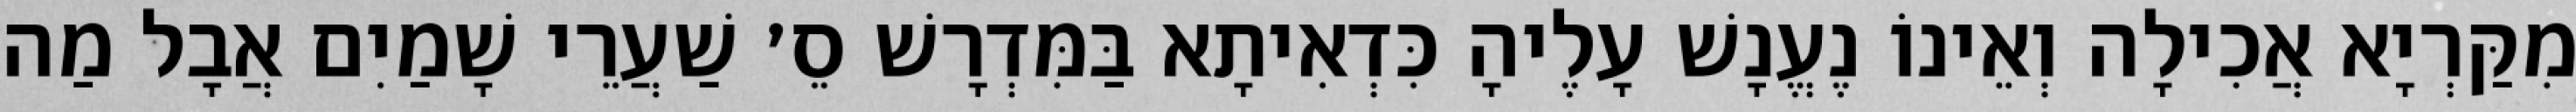
מִקַּרְיָא אֲכִילָה וְאֵינוֹ נֶעֱנָשׁ עָלֶיהָ כִּדְאִיתָא בַּמִּדְרָשׁ סֵ׳ שַׁעֲרֵי שָׁמַיִם אֲבָל מַה